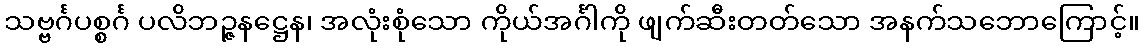
သဗ္ဗင်္ဂပစ္စင်္ဂ ပလိဘဉ္ဇနဋ္ဌေန၊ အလုံးစုံသော ကိုယ်အင်္ဂါကို ဖျက်ဆီးတတ်သော အနက်သဘောကြောင့်။